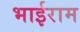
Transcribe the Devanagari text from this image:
भाईराम